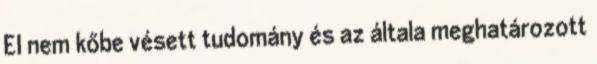
EI nem kőbe vésett tudomány és az általa meghatározott